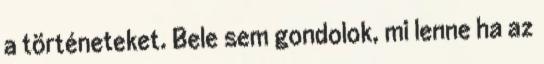
a történeteket. Bele sem gondolok, mi lenne ha az